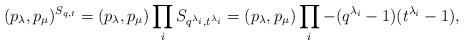
LaTeX: \begin{align*}(p_\lambda, p_\mu)^{S_{q,t}} = (p_\lambda, p_\mu) \prod_i S_{q^{\lambda_i},t^{\lambda_i}} = (p_\lambda, p_\mu) \prod_i -(q^{\lambda_i}-1)(t^{\lambda_i}-1),\end{align*}